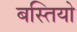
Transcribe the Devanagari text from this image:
बस्‍तियो